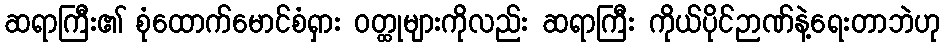
ဆရာကြီး၏ စုံထောက်မောင်စံရှား ဝတ္ထုများကိုလည်း ဆရာကြီး ကိုယ်ပိုင်ဉာဏ်နဲ့ရေးတာဘဲဟု